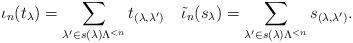
LaTeX: \begin{align*}\iota_n(t_\lambda) = \sum_{\lambda' \in s(\lambda)\Lambda^{<n}} t_{(\lambda, \lambda')} \quad\tilde\iota_n(s_\lambda) = \sum_{\lambda' \in s(\lambda)\Lambda^{<n}} s_{(\lambda, \lambda')}.\end{align*}